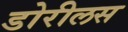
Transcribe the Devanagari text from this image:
डोरीलस